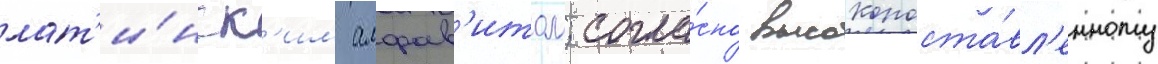
лат'и́нск'им алфав'итом; согла́сно высокопоста́вл'енному